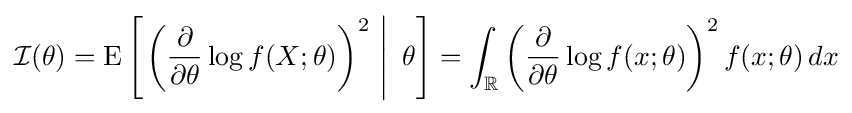
{\mathcal {I}}(\theta )=\operatorname {E} \left[\left.\left({\frac {\partial }{\partial \theta }}\log f(X;\theta )\right)^{2}\,\,\right|\,\,\theta \right]=\int _{\mathbb {R} }\left({\frac {\partial }{\partial \theta }}\log f(x;\theta )\right)^{2}f(x;\theta )\,dx